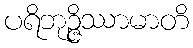
ပရိဘုဉ္ဇိဿာမာတိ